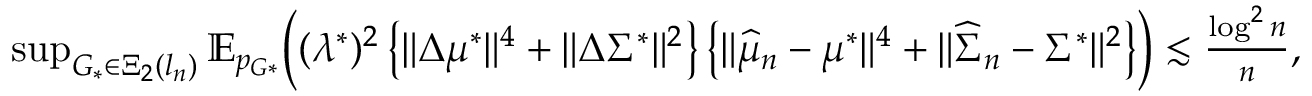
\begin{array} { r } { \operatorname* { s u p } _ { G _ { * } \in \Xi _ { 2 } ( l _ { n } ) } \mathbb { E } _ { p _ { G * } } \biggr ( ( \lambda ^ { * } ) ^ { 2 } \left\{ \| \Delta \mu ^ { * } \| ^ { 4 } + \| \Delta \Sigma ^ { * } \| ^ { 2 } \right\} \left\{ \| \widehat { \mu } _ { n } - \mu ^ { * } \| ^ { 4 } + \| \widehat { \Sigma } _ { n } - \Sigma ^ { * } \| ^ { 2 } \right\} \biggr ) \lesssim \frac { \log ^ { 2 } n } { n } , } \end{array}